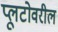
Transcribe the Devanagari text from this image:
प्लूटोवरील